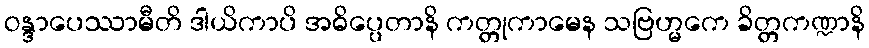
ဝန္ဒာပေဿာမီတိ ဒါယိကာပိ အဓိပ္ပေတာနိ ကတ္တုကာမေန သဗြဟ္မကေ ခိတ္တကဏ္ဍာနိ